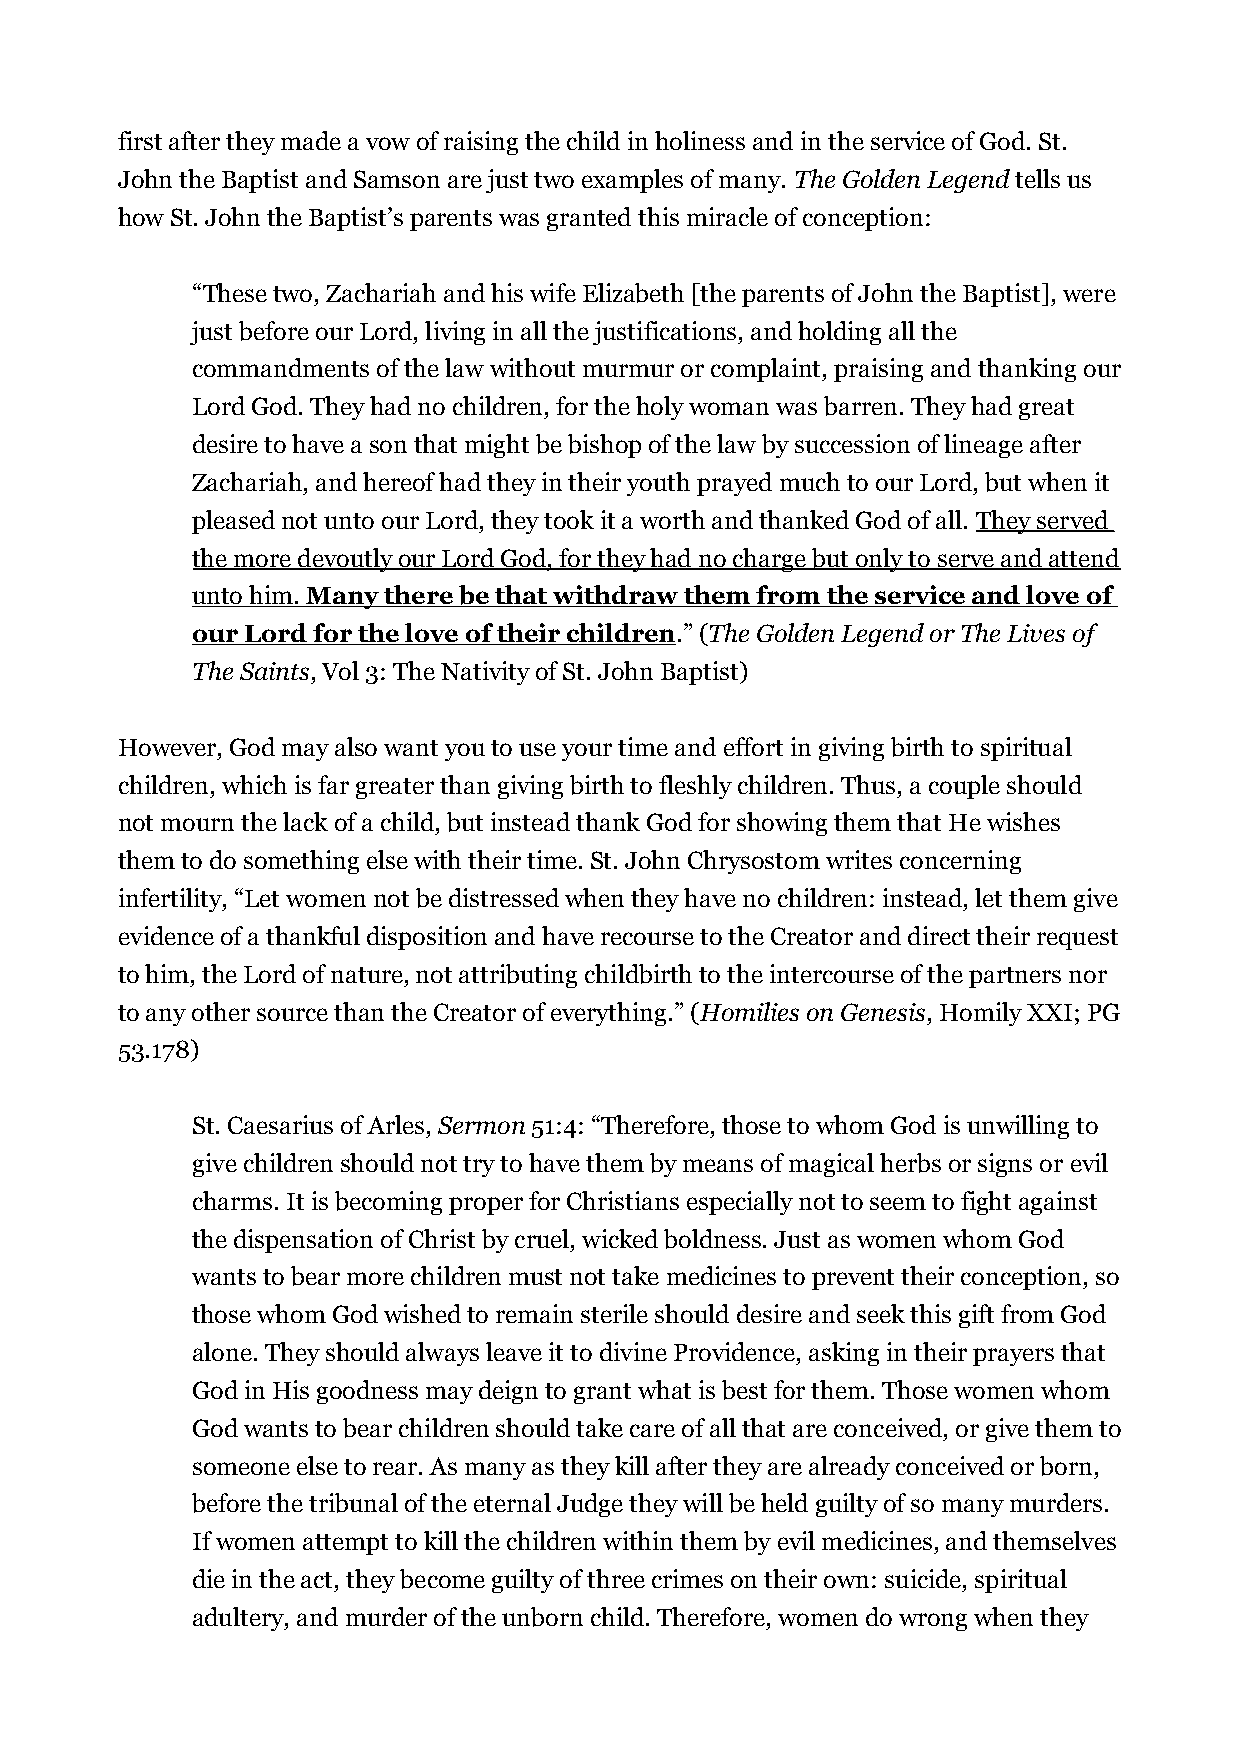
first after they made a vow of raising the child in holiness and in the service of God. St.
 John the Baptist and Samson are just two examples of many. The Golden Legend tells us
 how St. John the Baptist’s parents was granted this miracle of conception:
 “These two, Zachariah and his wife Elizabeth [the parents of John the Baptist], were
 just before our Lord, living in all the justifications, and holding all the
 commandments of the law without murmur or complaint, praising and thanking our
 Lord God. They had no children, for the holy woman was barren. They had great
 desire to have a son that might be bishop of the law by succession of lineage after
 Zachariah, and hereof had they in their youth prayed much to our Lord, but when it
 pleased not unto our Lord, they took it a worth and thanked God of all. They served
 the more devoutly our Lord God, for they had no charge but only to serve and attend
 unto him. Many there be that withdraw them from the service and love of
 our Lord for the love of their children.” (The Golden Legend or The Lives of
 The Saints, Vol 3: The Nativity of St. John Baptist)
 However, God may also want you to use your time and effort in giving birth to spiritual
 children, which is far greater than giving birth to fleshly children. Thus, a couple should
 not mourn the lack of a child, but instead thank God for showing them that He wishes
 them to do something else with their time. St. John Chrysostom writes concerning
 infertility, “Let women not be distressed when they have no children: instead, let them give
 evidence of a thankful disposition and have recourse to the Creator and direct their request
 to him, the Lord of nature, not attributing childbirth to the intercourse of the partners nor
 to any other source than the Creator of everything.” (Homilies on Genesis, Homily XXI; PG
 53.178)
 St. Caesarius of Arles, Sermon 51:4: “Therefore, those to whom God is unwilling to
 give children should not try to have them by means of magical herbs or signs or evil
 charms. It is becoming proper for Christians especially not to seem to fight against
 the dispensation of Christ by cruel, wicked boldness. Just as women whom God
 wants to bear more children must not take medicines to prevent their conception, so
 those whom God wished to remain sterile should desire and seek this gift from God
 alone. They should always leave it to divine Providence, asking in their prayers that
 God in His goodness may deign to grant what is best for them. Those women whom
 God wants to bear children should take care of all that are conceived, or give them to
 someone else to rear. As many as they kill after they are already conceived or born,
 before the tribunal of the eternal Judge they will be held guilty of so many murders.
 If women attempt to kill the children within them by evil medicines, and themselves
 die in the act, they become guilty of three crimes on their own: suicide, spiritual
 adultery, and murder of the unborn child. Therefore, women do wrong when they